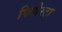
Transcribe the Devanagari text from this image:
फियेस्टा